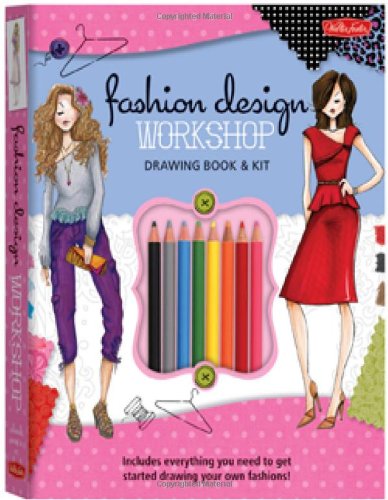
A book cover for Fashion Design Workshop Drawing Book & Kit: Includes everything you need to get started drawing your own fashions! (Walter Foster Studio); Stephanie Corfee; Arts & Photography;